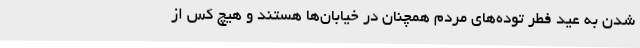
شدن به عید فطر توده‌های مردم همچنان در خیابان‌ها هستند و هیچ کس از